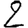
Digit: 2